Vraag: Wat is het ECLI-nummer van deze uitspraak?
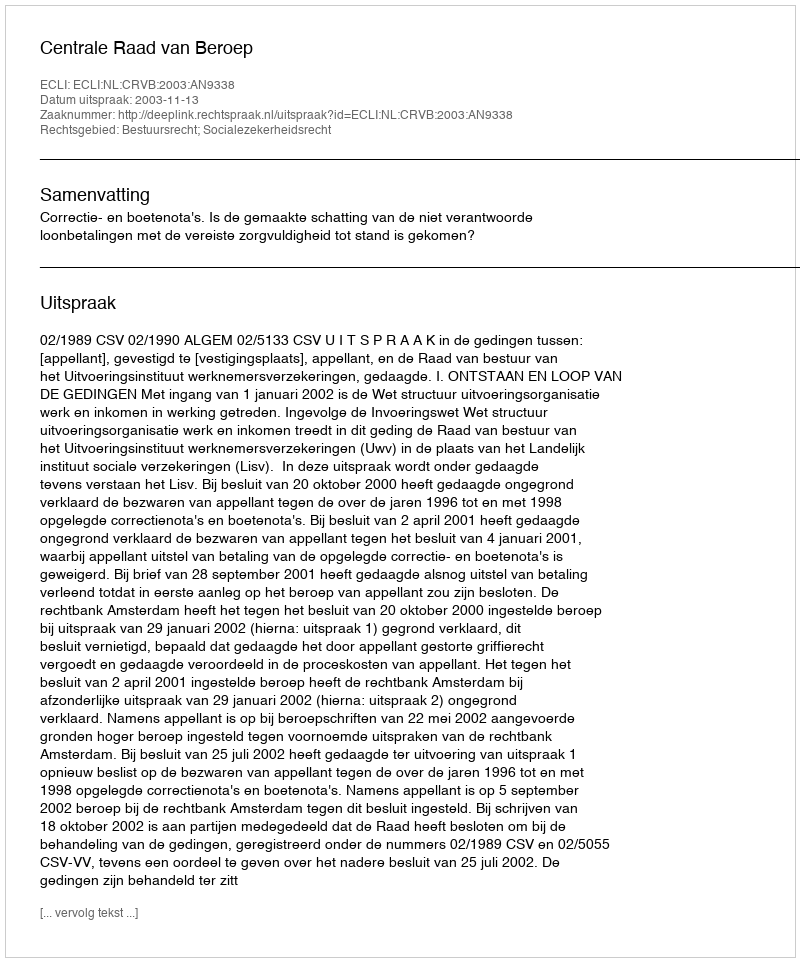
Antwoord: ECLI:NL:CRVB:2003:AN9338